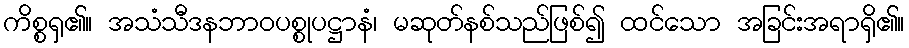
ကိစ္စရှ၏။ အသံသီဒနဘာဝပစ္စုပဋ္ဌာနံ၊ မဆုတ်နစ်သည်ဖြစ်၍ ထင်သော အခြင်းအရာရှိ၏။